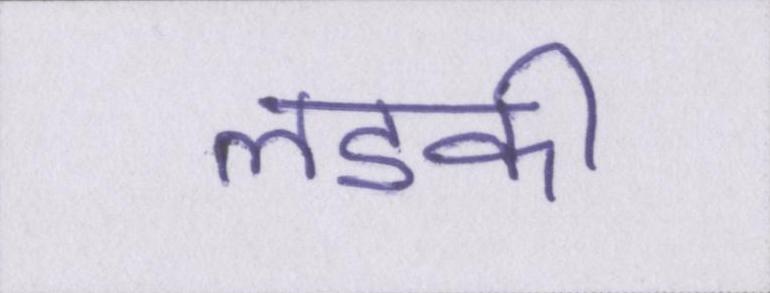
लडकी